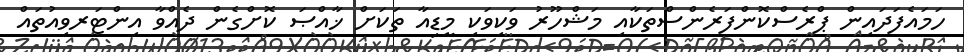
ހަމައެފަދައިން ޕްރެސްކޮންފަރެންސްތަކާއި މަޝްހޫރު ވަކިވަކި މީޑިއާ ތަކަށް ޚާއްޞަ ކޮށްގެން ދެއްވާ އިންޓަރވިއުތައް